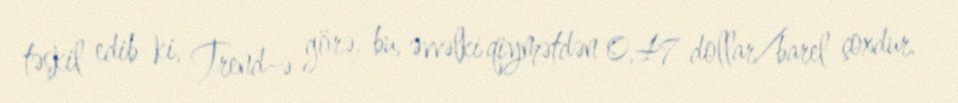
təşkil edib ki, Trend-ə görə, bu, əvvəlki qiymətdən 0,47 dollar/barel çoxdur.